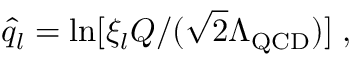
\hat { q } _ { l } = \ln [ \xi _ { l } Q / ( \sqrt { 2 } \Lambda _ { \mathrm { Q C D } } ) ] \; ,